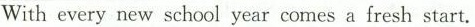
With every new school year comes a fresh start.